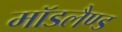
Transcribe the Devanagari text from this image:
मॉडलैण्ड